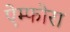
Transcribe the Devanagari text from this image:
ऐम्फोरा